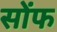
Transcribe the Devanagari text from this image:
सोंफ